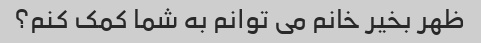
ظهر بخیر خانم می توانم به شما کمک کنم؟